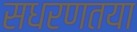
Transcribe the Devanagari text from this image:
सधरणतया